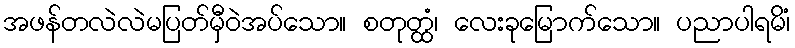
အဖန်တလဲလဲမပြတ်မှီဝဲအပ်သော။ စတုတ္ထံ၊ လေးခုမြောက်သော။ ပညာပါရမိံ၊